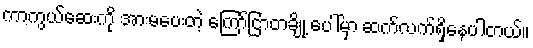
ကာကွယ်ဆေးကို အားမပေးတဲ့ ကြော်ငြာတချို့ ပေါ်မှာ ဆက်လက်ရှိနေပါတယ်။